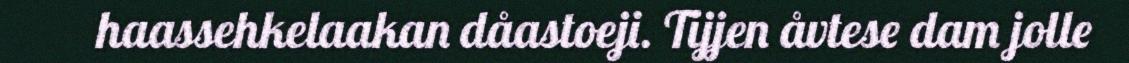
haassehkelaakan dåastoeji. Tijjen åvtese dam jolle